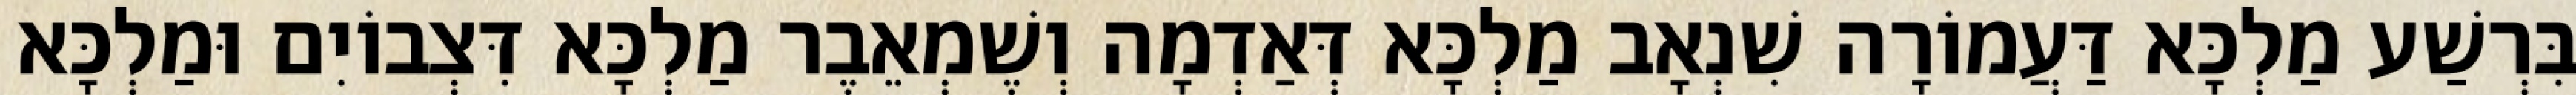
בִּרְשַׁע מַלְכָּא דַּעֲמוֹרָה שִׁנְאָב מַלְכָּא דְּאַדְמָה וְשֶׁמְאֵבֶר מַלְכָּא דִּצְבוֹיִם וּמַלְכָּא